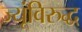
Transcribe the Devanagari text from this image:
ज्यूंविरुद्ध